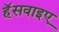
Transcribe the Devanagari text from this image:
हॅसवाइए